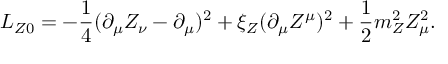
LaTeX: { \cal L } _ { Z 0 } = - { \frac { 1 } { 4 } } ( \partial _ { \mu } Z _ { \nu } - \partial _ { \mu } ) ^ { 2 } + \xi _ { Z } ( \partial _ { \mu } Z ^ { \mu } ) ^ { 2 } + { \frac { 1 } { 2 } } m _ { Z } ^ { 2 } Z _ { \mu } ^ { 2 } .